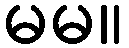
မမ။